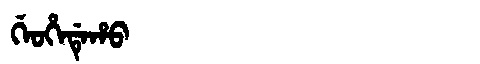
Manchu: ᡤᡝᠣᡥᡝᡩᡝᡥᠣ
Romanization: GEOHEDEHO